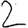
Digit: 2